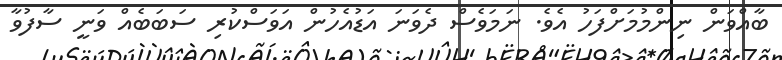
ބާއްވަން ނިންމުމަށްފަހު އެވެ. ނަމަވެސް ދެވަނަ އަޑުއެހުން އަވަސްކުރި ސަބަބެއް ވަނީ ސާފުވާ